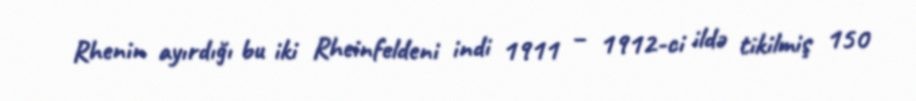
Rhenin ayırdığı bu iki Rheinfeldeni indi 1911 – 1912-ci ildə tikilmiş 150